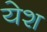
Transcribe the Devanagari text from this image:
येश